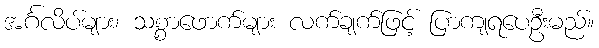
အင်္ဂလိပ်များ၊ သစ္စာဖောက်များ လက်ချက်ဖြင့် ပြာကျရပေဦးမည်။